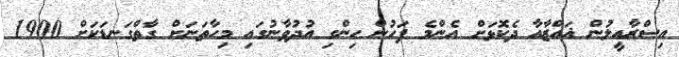
އިސްރާއީލުން ޣައްޒާއާ ދެކޮޅަށް އެންމެ ފަހުން ހިންގި އުދުވާނުގައި މިހާތަނަށް ގާތްގަނޑަކަށް 1900